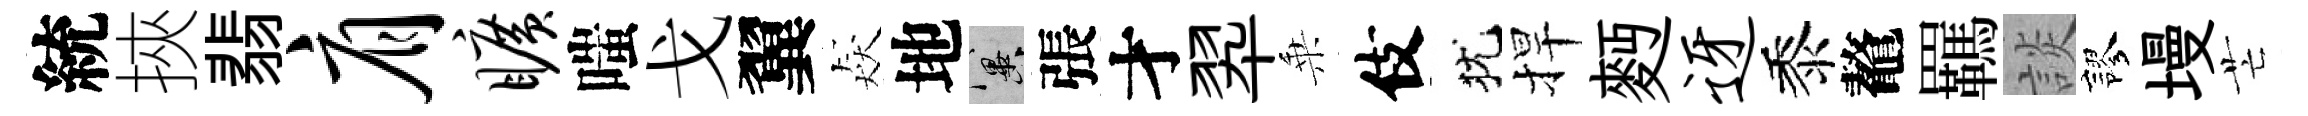
統挾翡肩旷嗤戈翼猋地冀張才翆乗伎犹捍麪迓黍鼇羈談謬墁芒